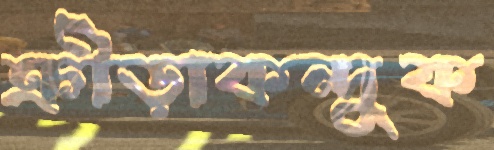
ক্রীড়াকন্দুক